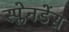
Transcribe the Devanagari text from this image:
स्प्लेनडेंस